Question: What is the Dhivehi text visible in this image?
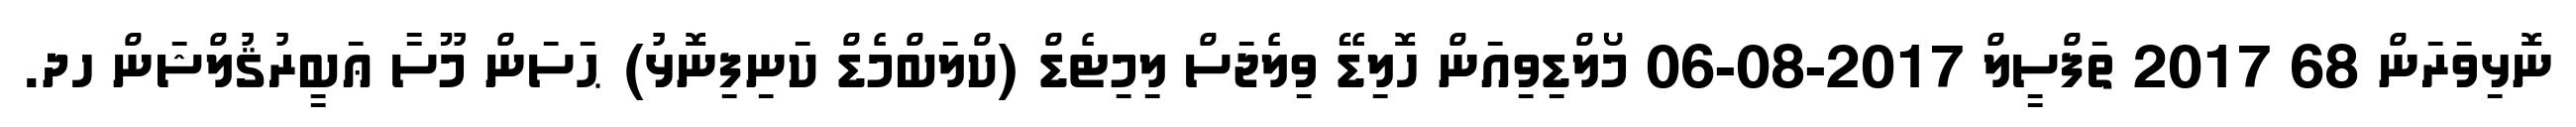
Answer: ނޮޅިވަރަން 68 2017 ތަފްސީލް 2017-08-06 މޯލްޑިވިއަން ހޮލިޑޭ ވިލެޖަސް ލިމިޓެޑް (ކްލަބްމެޑް ކަނިފިނޮޅު) ޙަސަން މޫސާ ޢަބީރުޤުލްޝަން ހދ.